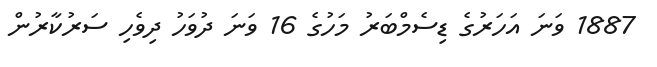
1887 ވަނަ އަހަރުގެ ޑިސެމްބަރު މަހުގެ 16 ވަނަ ދުވަހު ދިވެހި ސަރުކާރުން